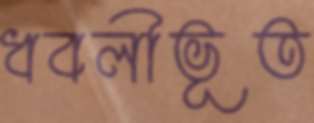
ধবলীভূত